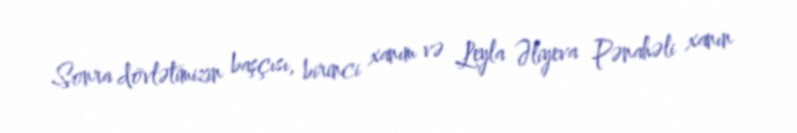
Sonra dövlətimizin başçısı, birinci xanım və Leyla Əliyeva Pənahəli xanın